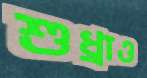
শুধ্‌রাও